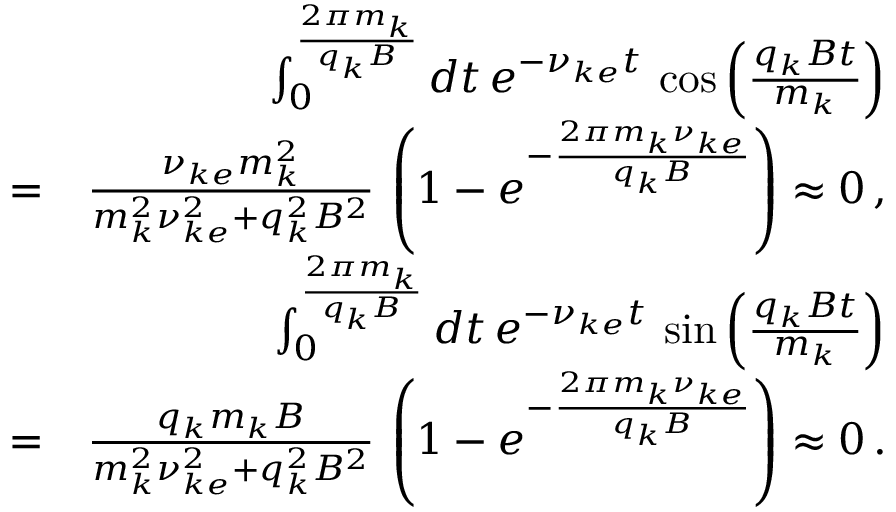
\begin{array} { r l r } & { } & { \int _ { 0 } ^ { \frac { 2 \pi m _ { k } } { q _ { k } B } } d t \, e ^ { - \nu _ { k e } t } \, \cos \left( \frac { q _ { k } B t } { m _ { k } } \right) } \\ & { = } & { \frac { \nu _ { k e } m _ { k } ^ { 2 } } { m _ { k } ^ { 2 } \nu _ { k e } ^ { 2 } + q _ { k } ^ { 2 } B ^ { 2 } } \, \left( 1 - e ^ { - \frac { 2 \pi m _ { k } \nu _ { k e } } { q _ { k } B } } \right) \approx 0 \, , } \\ & { } & { \int _ { 0 } ^ { \frac { 2 \pi m _ { k } } { q _ { k } B } } d t \, e ^ { - \nu _ { k e } t } \, \sin \left( \frac { q _ { k } B t } { m _ { k } } \right) } \\ & { = } & { \frac { q _ { k } m _ { k } B } { m _ { k } ^ { 2 } \nu _ { k e } ^ { 2 } + q _ { k } ^ { 2 } B ^ { 2 } } \, \left( 1 - e ^ { - \frac { 2 \pi m _ { k } \nu _ { k e } } { q _ { k } B } } \right) \approx 0 \, . } \end{array}